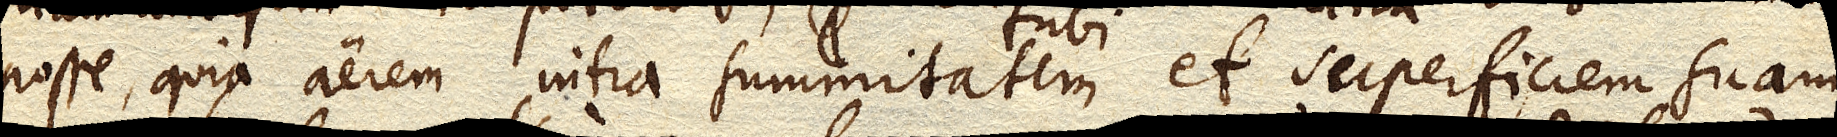
posse, quia aerem intra summitatem tubi et superficiem suam